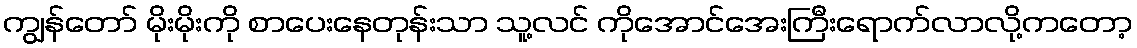
ကျွန်တော် မိုးမိုးကို စာပေးနေတုန်းသာ သူ့လင် ကိုအောင်အေးကြီးရောက်လာလို့ကတော့